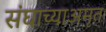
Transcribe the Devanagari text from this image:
संघाच्याअमृत